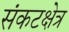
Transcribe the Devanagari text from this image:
संकटक्षेत्र